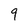
Character: 9